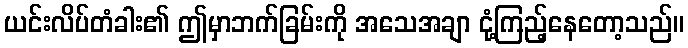
ယင်းလိပ်တံခါး၏ ဤမှာဘက်ခြမ်းကို အသေအချာ ငုံ့ကြည့်နေတော့သည်။